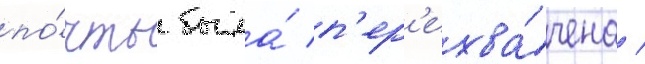
по́чты была́ п'ер'ехва́чена /